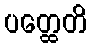
ပတ္ထေတိ